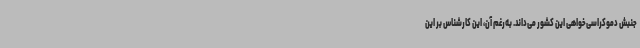
جنبش دموکراسی‌خواهی این کشور می‌داند. به‌رغم آن، این کارشناس بر این